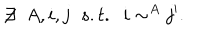
\not \! \exists \; \; A , i , j \; \; s . t . \; \; i \sim ^ { A } j ^ { \prime } .